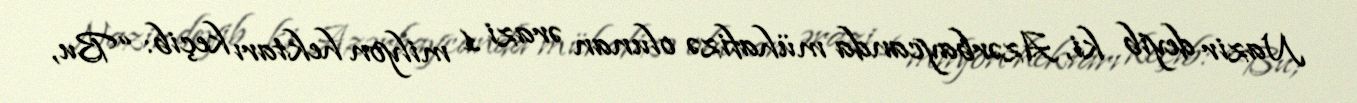
Nazir deyib ki, Azərbaycanda mühafizə olunan ərazi 1 milyon hektarı keçib: “Bu,